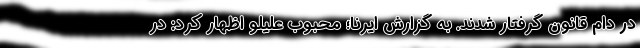
در دام قانون گرفتار شدند. به گزارش ایرنا؛ محبوب علیلو اظهار کرد: در